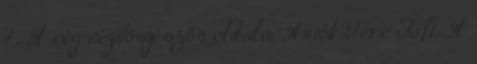
7. A cég cégböngészős oldala: Autók Tere Kft. A